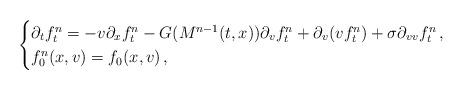
LaTeX: \begin{align*}\begin{cases}\partial_t f^n_t = -v \partial_x f^n_t - G(M^{n-1}(t,x)) \partial_v f^n_t + \partial_v(vf^n_t)+ \sigma \partial_{vv} f^n_t \,, \\ f^n_0(x,v)=f_0(x,v)\,, \end{cases}\end{align*}